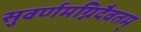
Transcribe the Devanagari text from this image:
सुवर्णमग्निदैवतम्